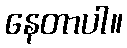
နေတာပါ။